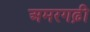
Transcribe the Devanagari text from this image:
अमरगढ़ी